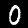
Digit: 0